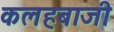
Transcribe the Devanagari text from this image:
कलहबाजी